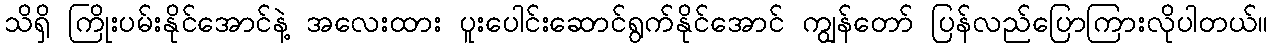
သိရှိ ကြိုးပမ်းနိုင်အောင်နဲ့ အလေးထား ပူးပေါင်းဆောင်ရွက်နိုင်အောင် ကျွန်တော် ပြန်လည်ပြောကြားလိုပါတယ်။